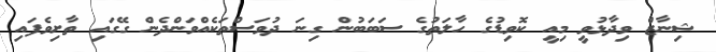
ޝިނާޒް ވިދާޅުވީ މިއީ ކޮވިޑުގެ ހާލަތުގެ ސަބަބުން ގިނަ ދުވަސްތަކެއްވަންދެން ގޭގައި ތާށިވެފައި